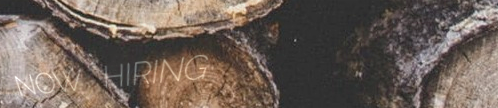
NOW HIRING